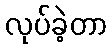
လုပ်ခဲ့တာ